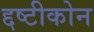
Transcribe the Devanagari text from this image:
द्दष्टीकोन